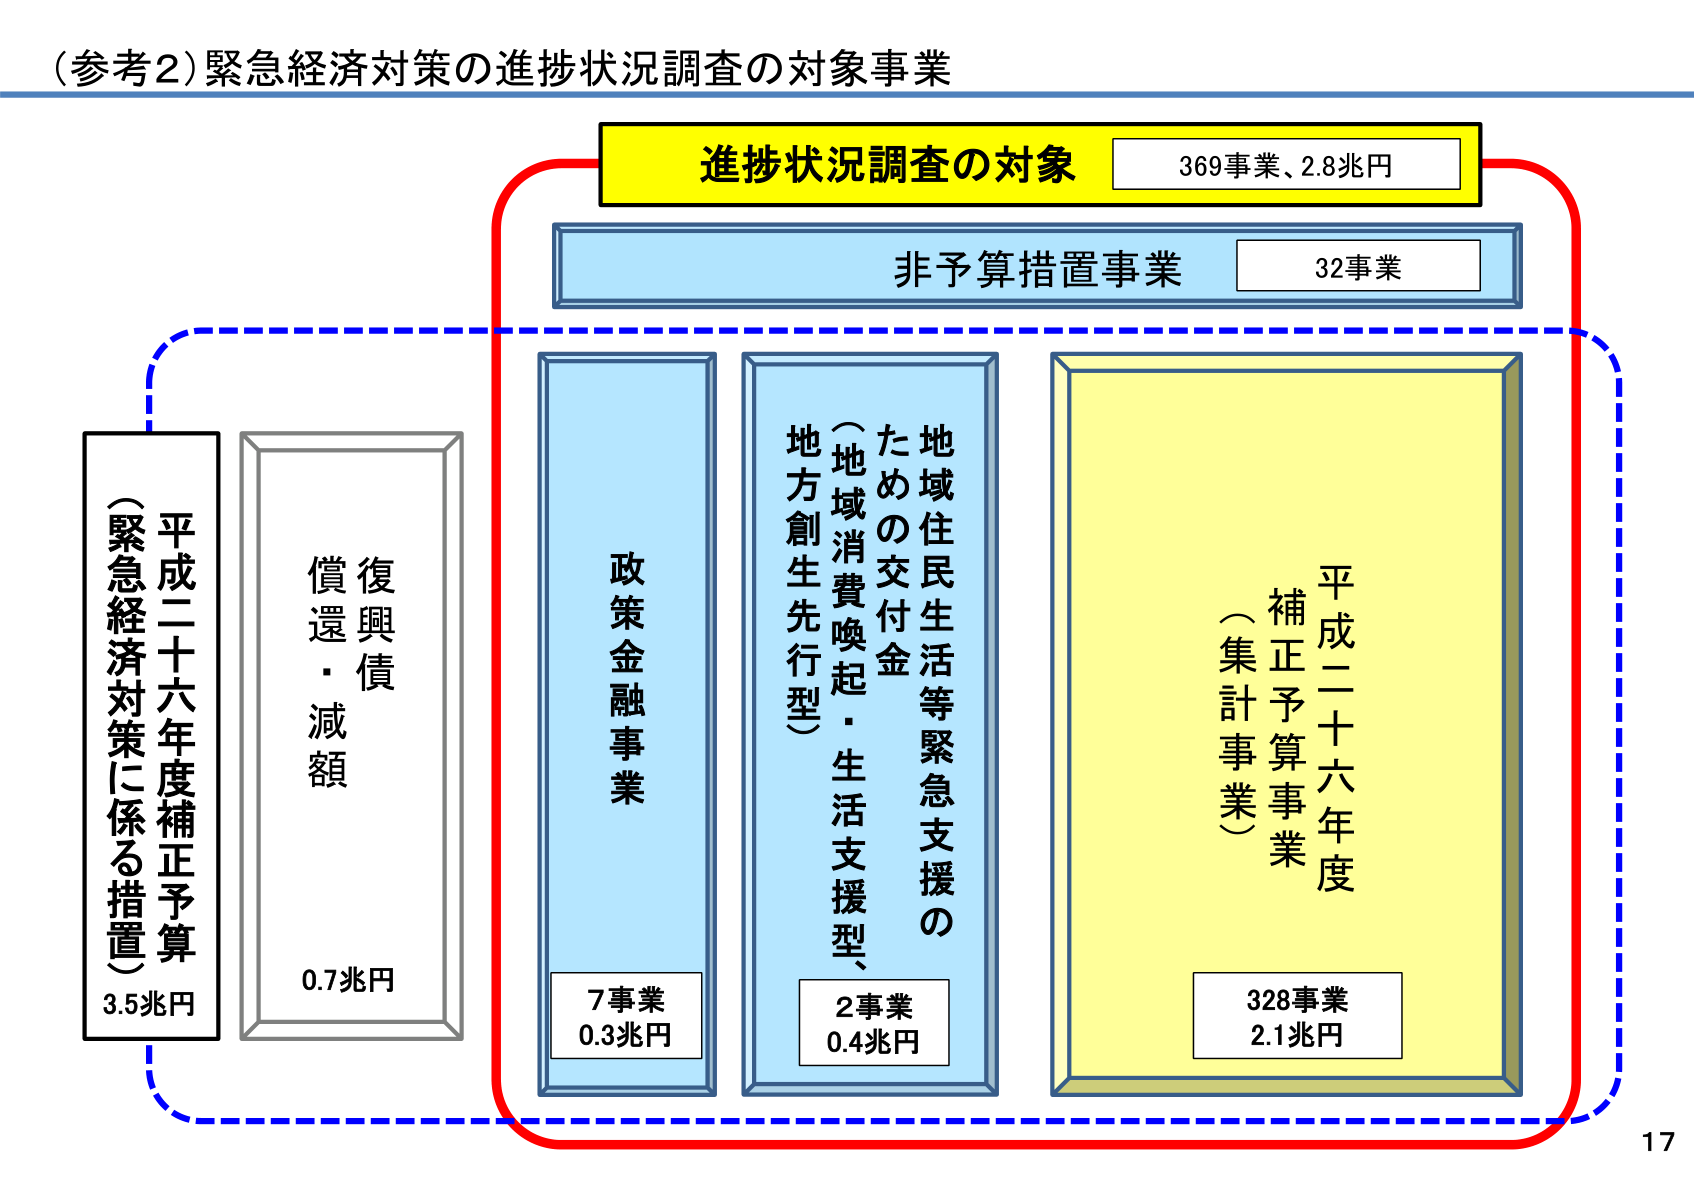
（参考2）緊急経済対策の進捗状況調査の対象事業

進捗状況調査の対象　369事業、2.8兆円

非予算措置事業　32事業

政策金融事業　7事業　0.3兆円

地域住民生活等緊急支援のための交付金（地域消費喚起・生活支援型、地方創生先行型）　2事業　0.4兆円

平成二十六年度補正予算事業（集計事業）　328事業　2.1兆円

平成二十六年度補正予算（緊急経済対策に係る措置）　3.5兆円

復興債償還・減額　0.7兆円

17